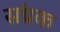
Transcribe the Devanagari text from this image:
संप्रक